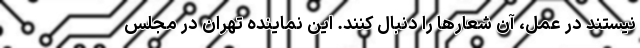
نیستند در عمل، آن شعارها را دنبال کنند. این نماینده تهران در مجلس